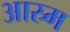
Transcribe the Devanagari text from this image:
आस्र्म